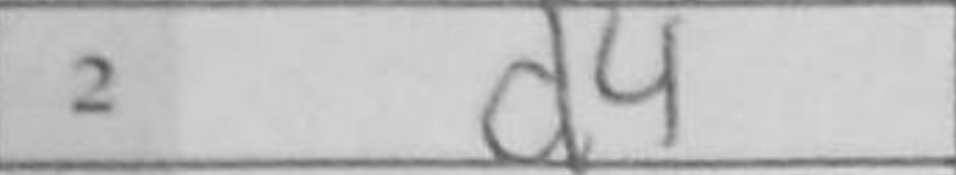
Transcription: d4